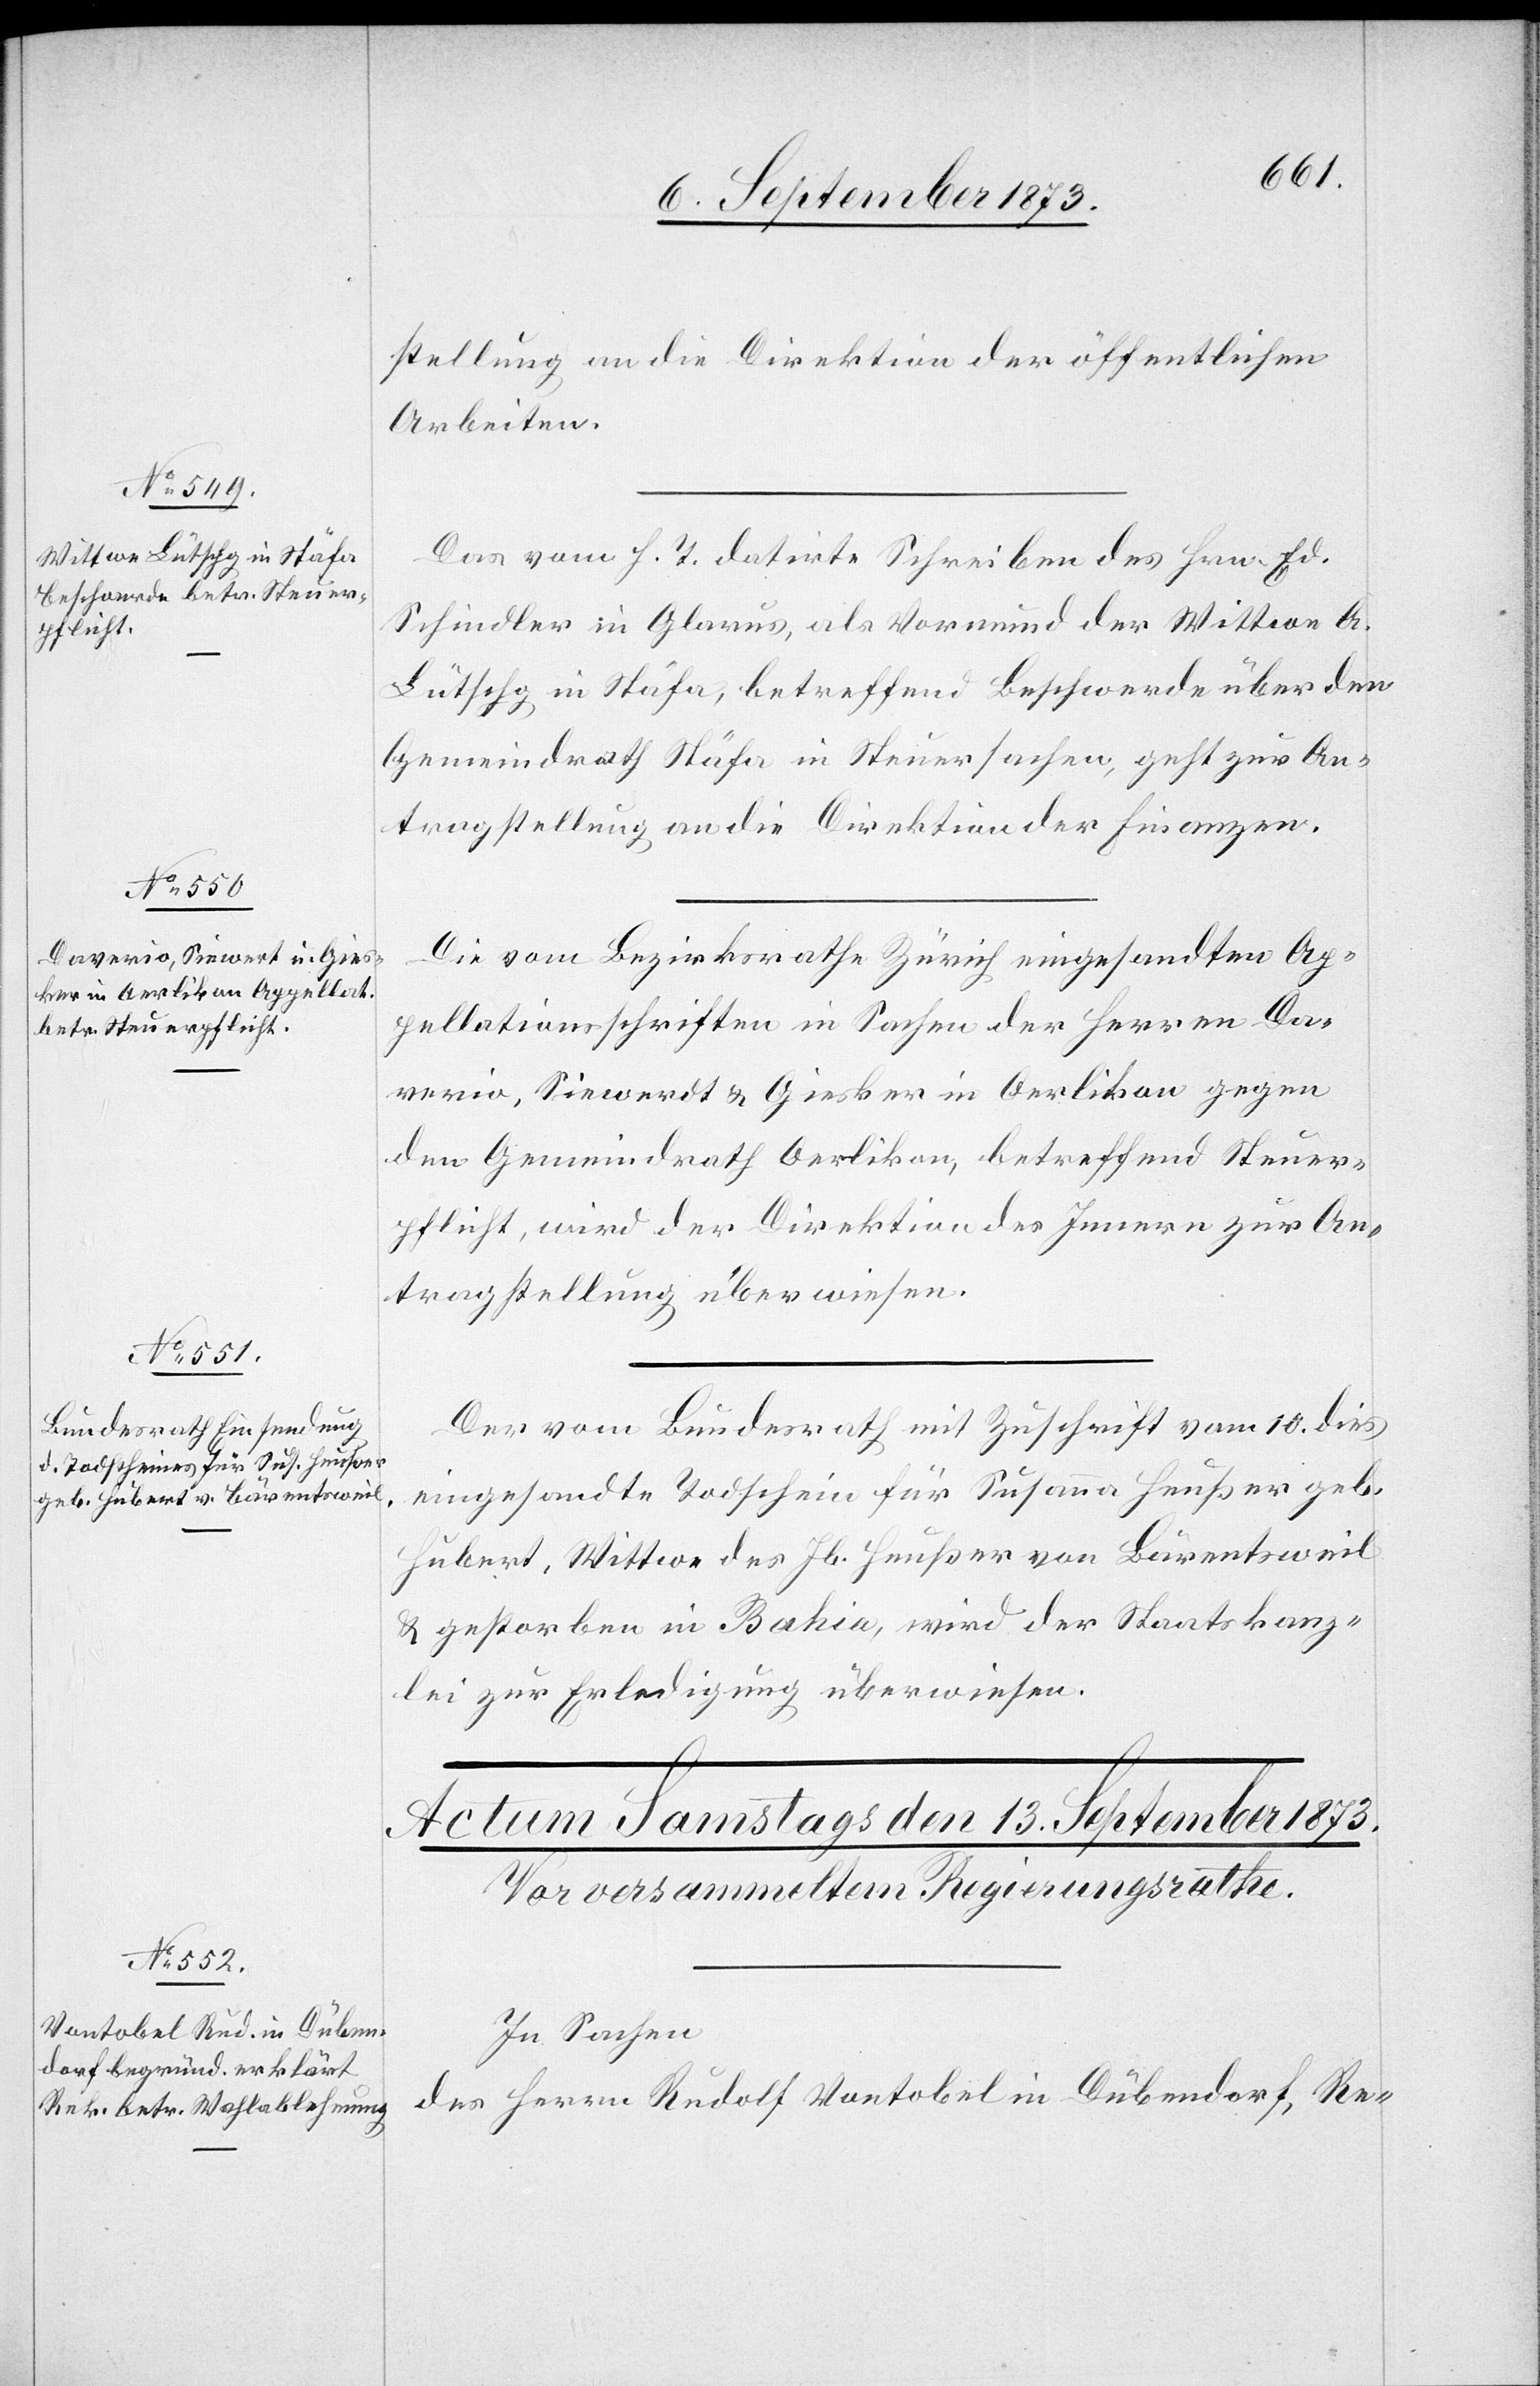
12. September 1873.]
stellung an die Direktion der öffentlichen
Arbeiten.
Das vom h. T. datirte Schreiben des Hrn. Ed.
Schindler in Glarus, als Vormund der Wittwe A.
Lütschg in Stäfa, betreffend Beschwerde über den
Gemeindrath Stäfa in Steuersachen, geht zur An¬
tragstellung an die Direktion der Finanzen.
Die vom Bezirksrathe Zürich eingesandten Ap¬
pellationsschriften in Sachen der Herren Da¬
verio, Siewerdt [sic!] & Giesker in Oerlikon gegen
den Gemeindrath Oerlikon, betreffend Steuer¬
pflicht, wird der Direktion des Innern zur An¬
tragstellung überwiesen.
Der vom Bundesrath mit Zuschrift vom 10. dies
eingesandte Todschein für Susanna Heußer geb.
Hubert, Wittwe des Jb. Heußer von Bärentsweil
& gestorben in Bahia, wird der Staatskanz¬
lei zur Erledigung überwiesen.
In Sachen
des Herrn Rudolf Vontobel in Dübendorf, Re-